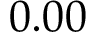
0 . 0 0